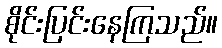
စိုင်းပြင်းနေကြသည်။